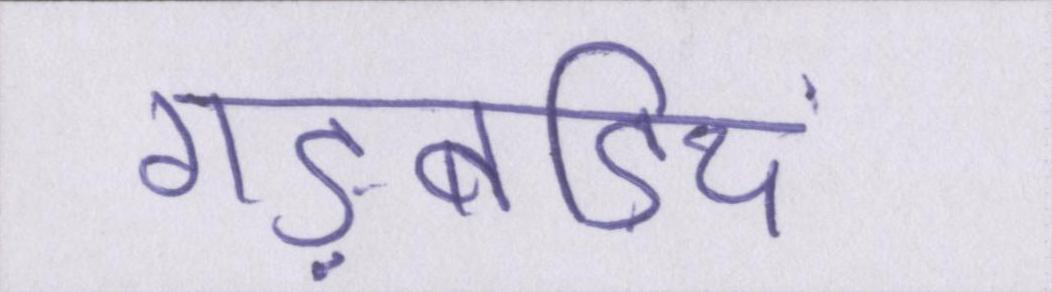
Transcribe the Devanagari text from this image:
गड़बड़ियां